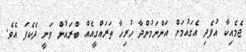
ޖެމެއިކާ އުފެދި އެގައުމަށް އަންނަމުންދާ ހުރިހާ ތަރައްގީއެއް ބްރައުން ވަނީ ދެކެފަ އެވެ.